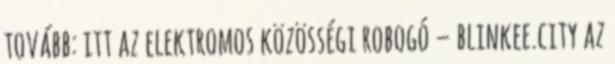
tovább: itt az elektromos közösségi robogó – blinkee.city az